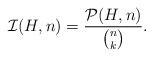
LaTeX: \begin{align*}\mathcal{I}(H ,n) = \dfrac{\mathcal{P}(H,n)}{\binom{n}{k}}. \end{align*}